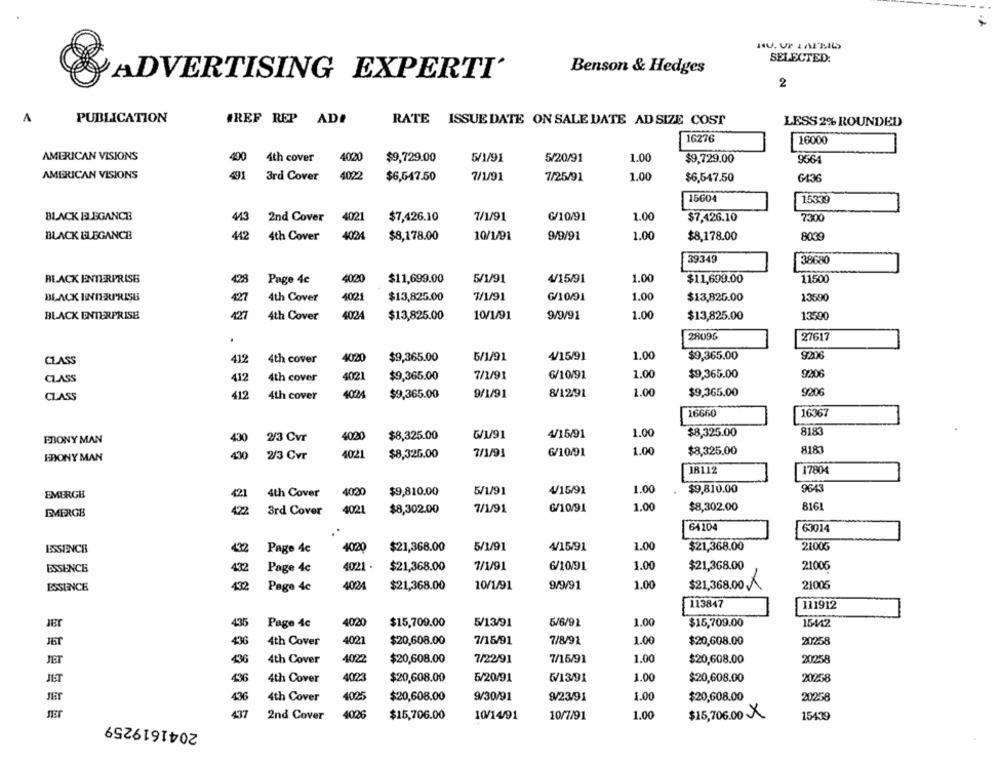
HU. VP LATEIG
SELECTED:
Benson & Hedges
ADVERTISING EXPERTI'
2
A
PUBLICATION
#REF REP ADE
RATE ISSUE DATE ON SALE DATE AD SIZE COST
LESS 2% ROUNDED
16276
16000
AMERICAN VISIONS
400
4th cover
4020
$9,729.00
5/1/91
5/20/91
1.00
$9,729.00
9564
AMERICAN VISIONS
491
3rd Cover
4022
$6,647.50
7/1/91
7/25/91
1.00
$6,547.50
6436
15604
15339
BLACK ELEGANCE
443
2nd Cover
4021
$7,426.10
7/1/91
6/10/91
1.00
$7,426.10
7300
BLACK BLEGANCE
442
4th Cover
4024
$8,178.00
10/1/91
9/9/91
1.00
$8,178.00
8039
39349
38680
BLACK ENTERPRISE
428
Page 4c
4020
$11,699.00
5/1/91
4/15/91
1.00
$11,699.00
11500
BLACK INTERPRISB
427
4th Cover
4021
$13,825.00
T/1/91
6/10/91
1.00
$13,825.00
13590
BLACK ENTERPRISE
4024
1.00
427
4th Cover
$13,825.00
10/1/91
9/9/91
$13,825.00
13590
2809
27617
.
CLASS
412
4th cover
4020
$9,365.00
5/1/91
4/15/91
1.00
$9,365.00
9206
4021
7/1/91
6/10/91
1.00
$9,365.00
9206
CLASS
412
4th cover
$9,365.00
CLASS
412
4th cover
4024
$9,365.00
9/1/91
8/12/91
1.00
$9,365.00
9206
16660
16367
2/3 Cvr
4020
$8,325.00
G//91
4/15/91
1.00
$8,325.00
8183
PRONY MAN
430
6/10/91
1.00
$8,325.00
8183
EBONY MAN
430
2/3 Cvr
4021
$8,326.00
18112
17804
$9,810.00
5/1/91
4/15/91
1.00
$9,810.00
9643
EMERGE
421
4th Cover
4020
1.00
EMERGE
42
3rd Cover
4021
$8,302.00
7/1/91
6/10/91
$8,302.00
8161
64104
63014
ESSENCE
432
Page 4c
4020
$21,368.00
5/1/91
4/15/91
1.00
$21,368.00
21006
ESSENCE
432
Page 4c
4021 .
$21,368.00
7/1/91
6/10/91
1.00
$21,368.00
21006
ESSENCE
Page 4c
4024
$21,368.00
10/1/91
9/9/91
1.00
$21,368.00.
21005
113847
111912
JEr
435
Page 4c
4020
$15,709.00
5/13/91
5/6/91
1.00
$15,709.00
15442
JET
436
4th Cover
4021
$20,608.00
7/15/91
7/8/91
1.00
$20,608.00
20258
436
4th Cover
4022
$20,608.00
7/22/91
7/15/91
1.00
$20,608.00
20258
JET
JET
436
4th Cover
4023
$20,608.00
5/20/91
6/13/91
1.00
$20,608.00
20258
436
4th Cover
4025
$20,608.00
9/30/91
9/23/91
1.00
$20,608.00
20258
JET
2041619259
437
2nd Cover
4026
$15,706.00
10/14/91
10/7/91
1.00
$15,706.00 X
15439